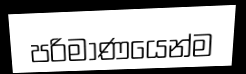
පරිමාණයෙන්ම